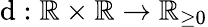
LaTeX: \mathrm{d}:\mathbb{{R}}\times\mathbb{{R}}\to\mathbb{{R}}_{\geq0}